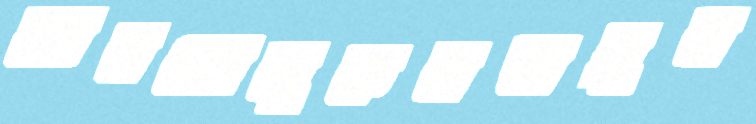
হ্যামকোলুকতস্নায়ুয